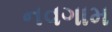
નવગામ